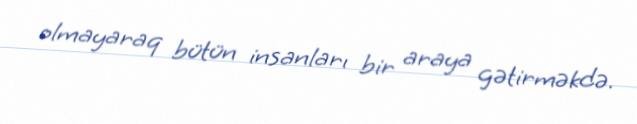
olmayaraq bütün insanları bir araya gətirməkdə.